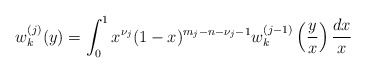
\begin{align*} w_k^{(j)}(y) = \int_0^1 x^{\nu_j}(1-x)^{m_j-n-\nu_j-1} w_k^{(j-1)} \left( \frac{y}{x}\right) \frac{dx}{x}\end{align*}